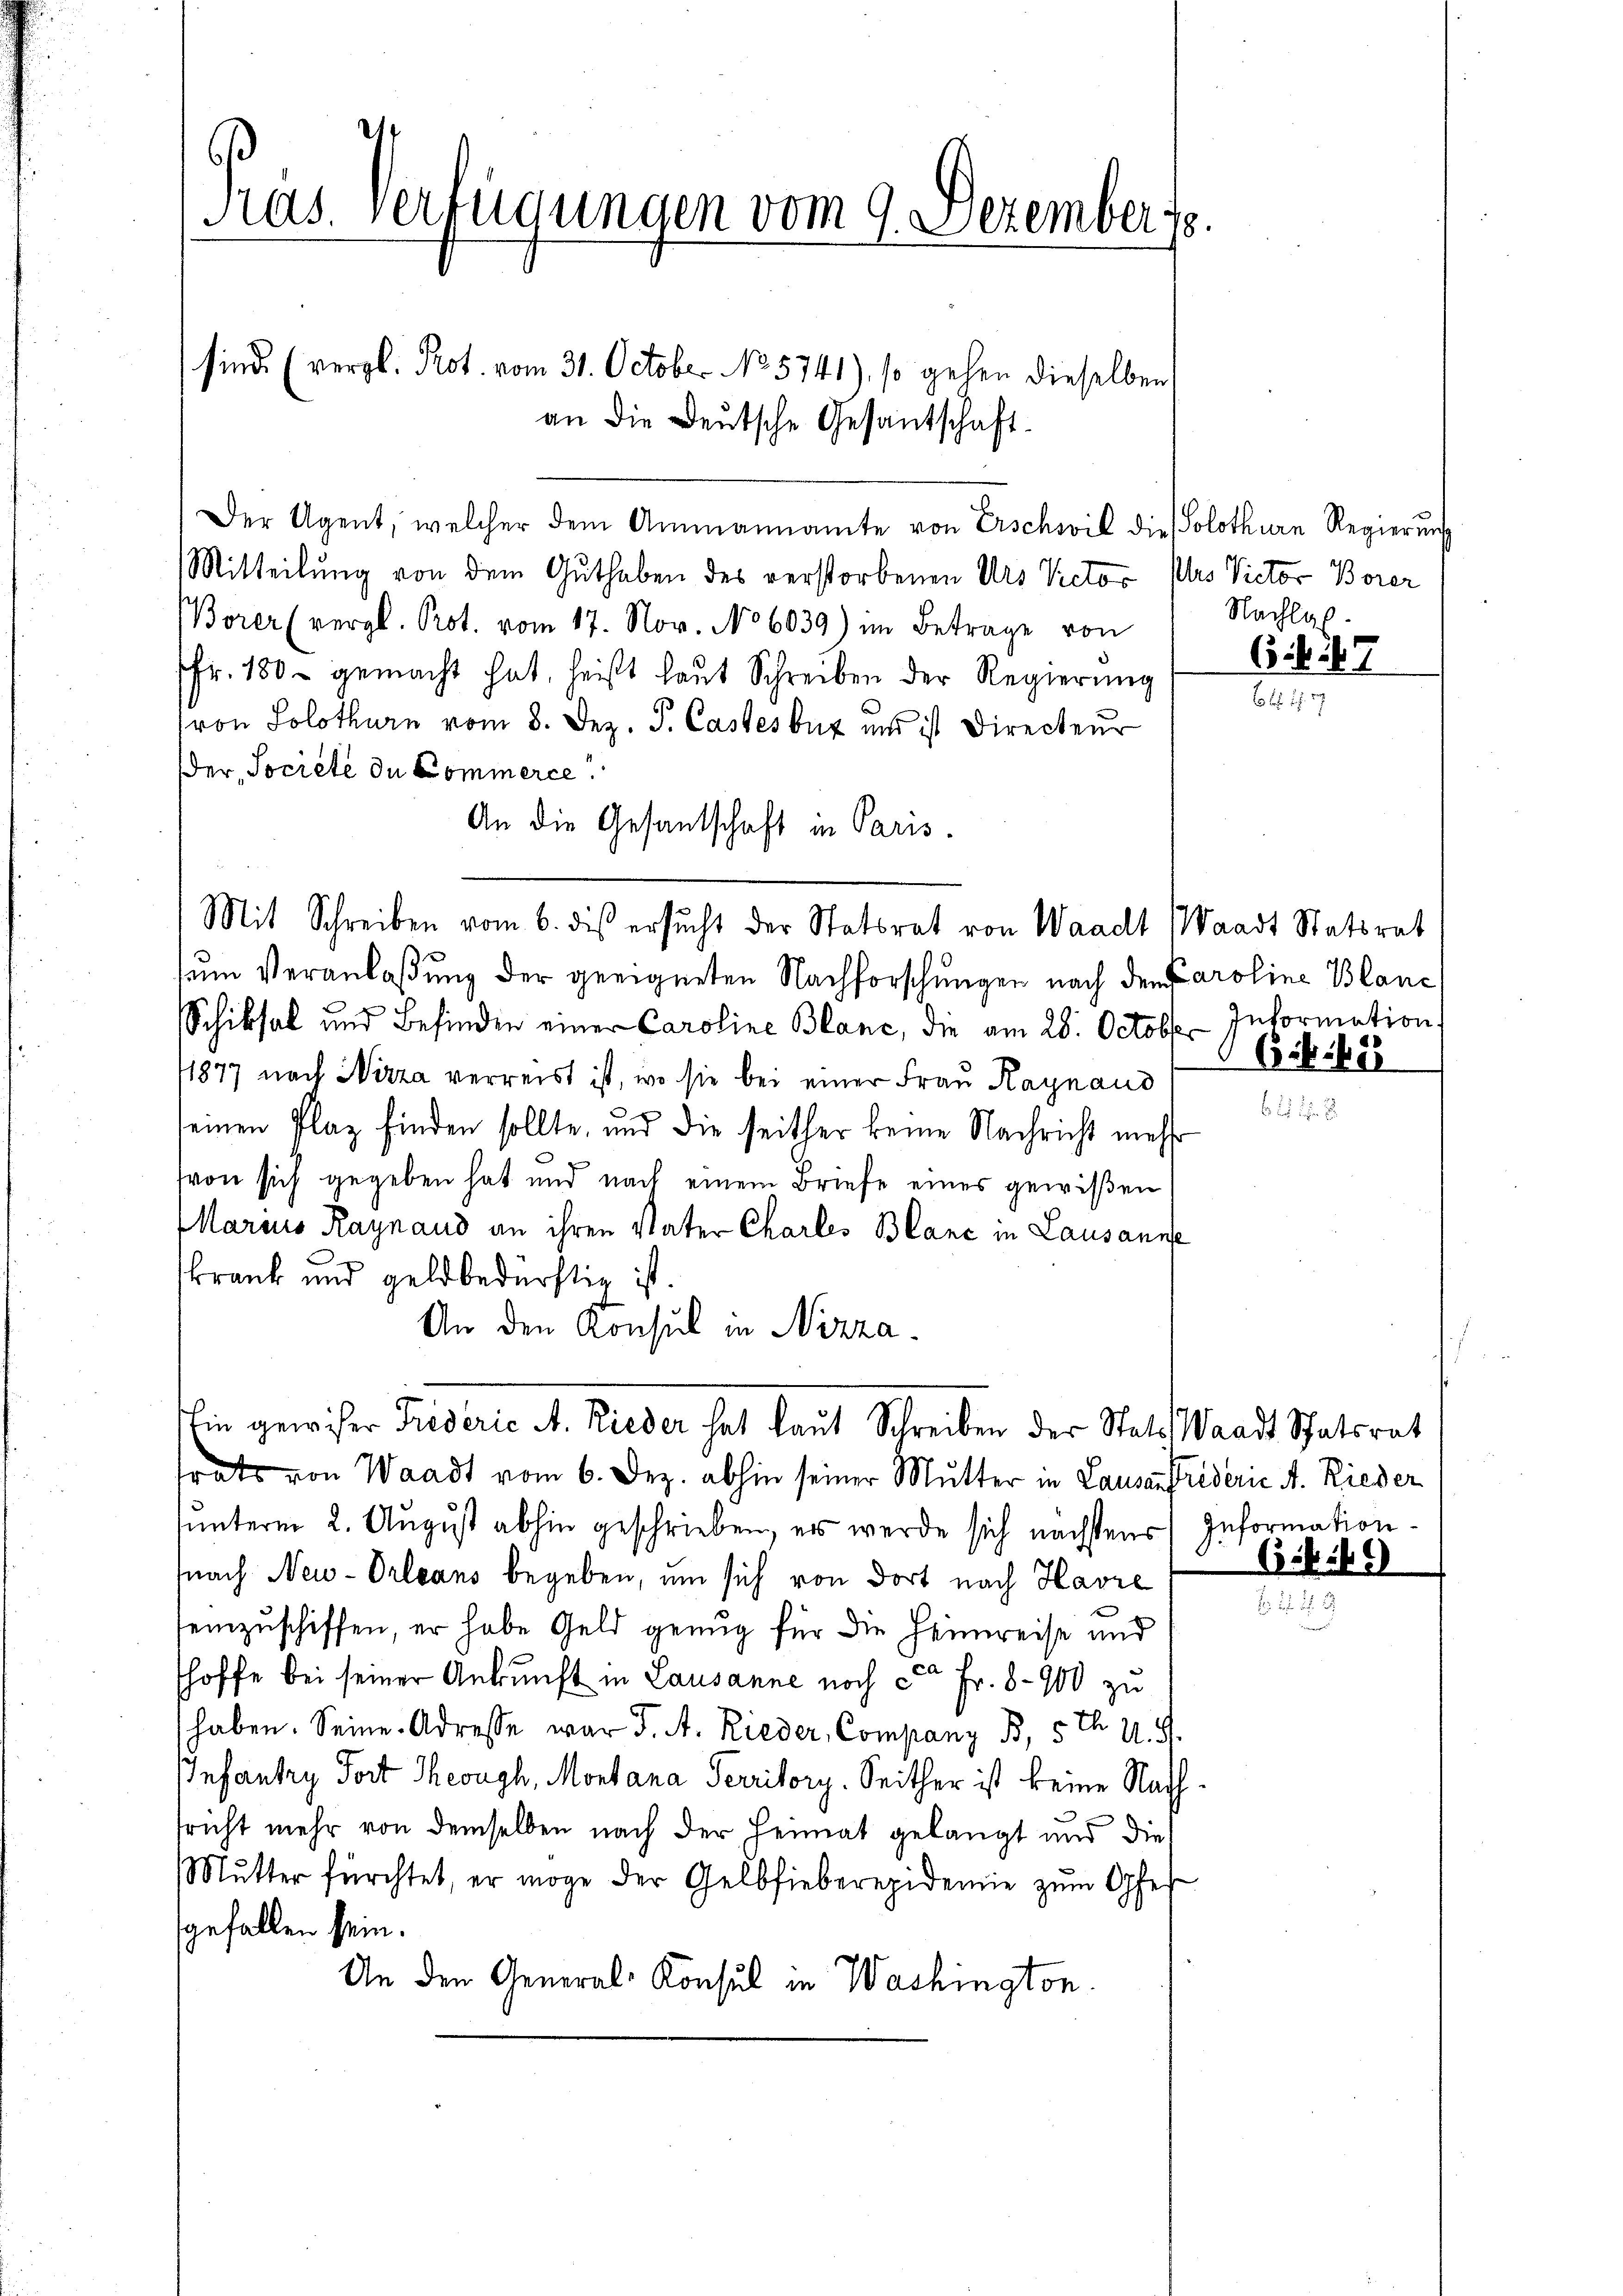
Pras. Verfügungen vom 9. Dezember 18

sind. (vergl. Prot. vom 31. October No 5741), so gehen dieselben

Der Agent, welcher dem Ammannamte von Erschwil die Solothurn Regierŭng
Mitteilung von dem Guthaben des verstorbenen Urs Victor Was Victor Borer
Borer (vergl. Prot. vom 17. Nov. No 6039) im Betrage von
fr. 180. gemacht hat, heißt laut Schreiben der Regierŭng
von Solothurn vom 8. Dez. T. Castesbuz und ist Directeur
der Societe de Commerce.
An die Gesantschaft in Paris.
Mit Schreiben vom 6. dis ersucht der Statsrat von Waadt Waadt Statsrat
um Veranlaßung der geeigneten Nachforschungen nach den Caroline Blanc
Schiksal und Befinden einer Caroline Blanc, die am 28. October Information
1877 nach Nizza verreist ist, wo sie bei einer Frau Kaynaud
e
seinen Plaz finden sollte, und die seither keine Nachricht mehr
(von sich gegeben hat und nach einem Briefe eines gewißen
Marius Raynaud an ihren Vater Charles Blanc in Lausanne
skrank und geldbedürftig ist.
An den Konsul in Nizza
hin gewiser Triderić A. Rieder hat laut Schreiben der Stats Waadt Schatsrat
trats von Waadt vom 6. Dez. abhin seiner Mutter in Lausanftriderie A. Rieder
unterm 2. August abhin geschrieben, er werde sich nächstens Information
fnach New-Orleans begeben, um sich von dort nach Havre
einzuschiffen, er habe Geld genug für die Heimreise und
hoffe bei seiner Ankunft in Lausanne noch ca Fr. 8 - 900 zu
haben. Seine Adresse war J. A. Rieder, Company B, 5 Th. N. S.
IInfantry Fort Theoph, Montana Territory. Seither ist keine Nach
tricht mehr von demselben nach der Heimat gelangt und die
Mŭtter fürchtet, er möge der Gelbfieberepidemie zum Opfer
gefallen sein.
An den General-Konsul in Washington

an die Deutsche Gesandschaft.

Nachlag.

6. 47

685. 48

66